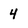
Character: 4